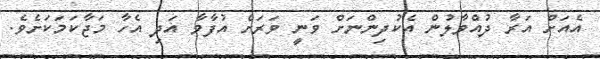
އެއަށް އަރާ ދުއްވާލުން އެކުދިންނަށް ވަނީ ވަރަށް އުފާވާ އަދި އެހާ މަޖާކަމަކަށެވެ.